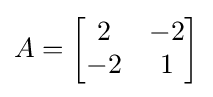
A={\begin{bmatrix}2&-2\\-2&1\end{bmatrix}}